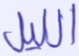
الليل